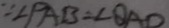
\because \angle P A B = \angle Q A D